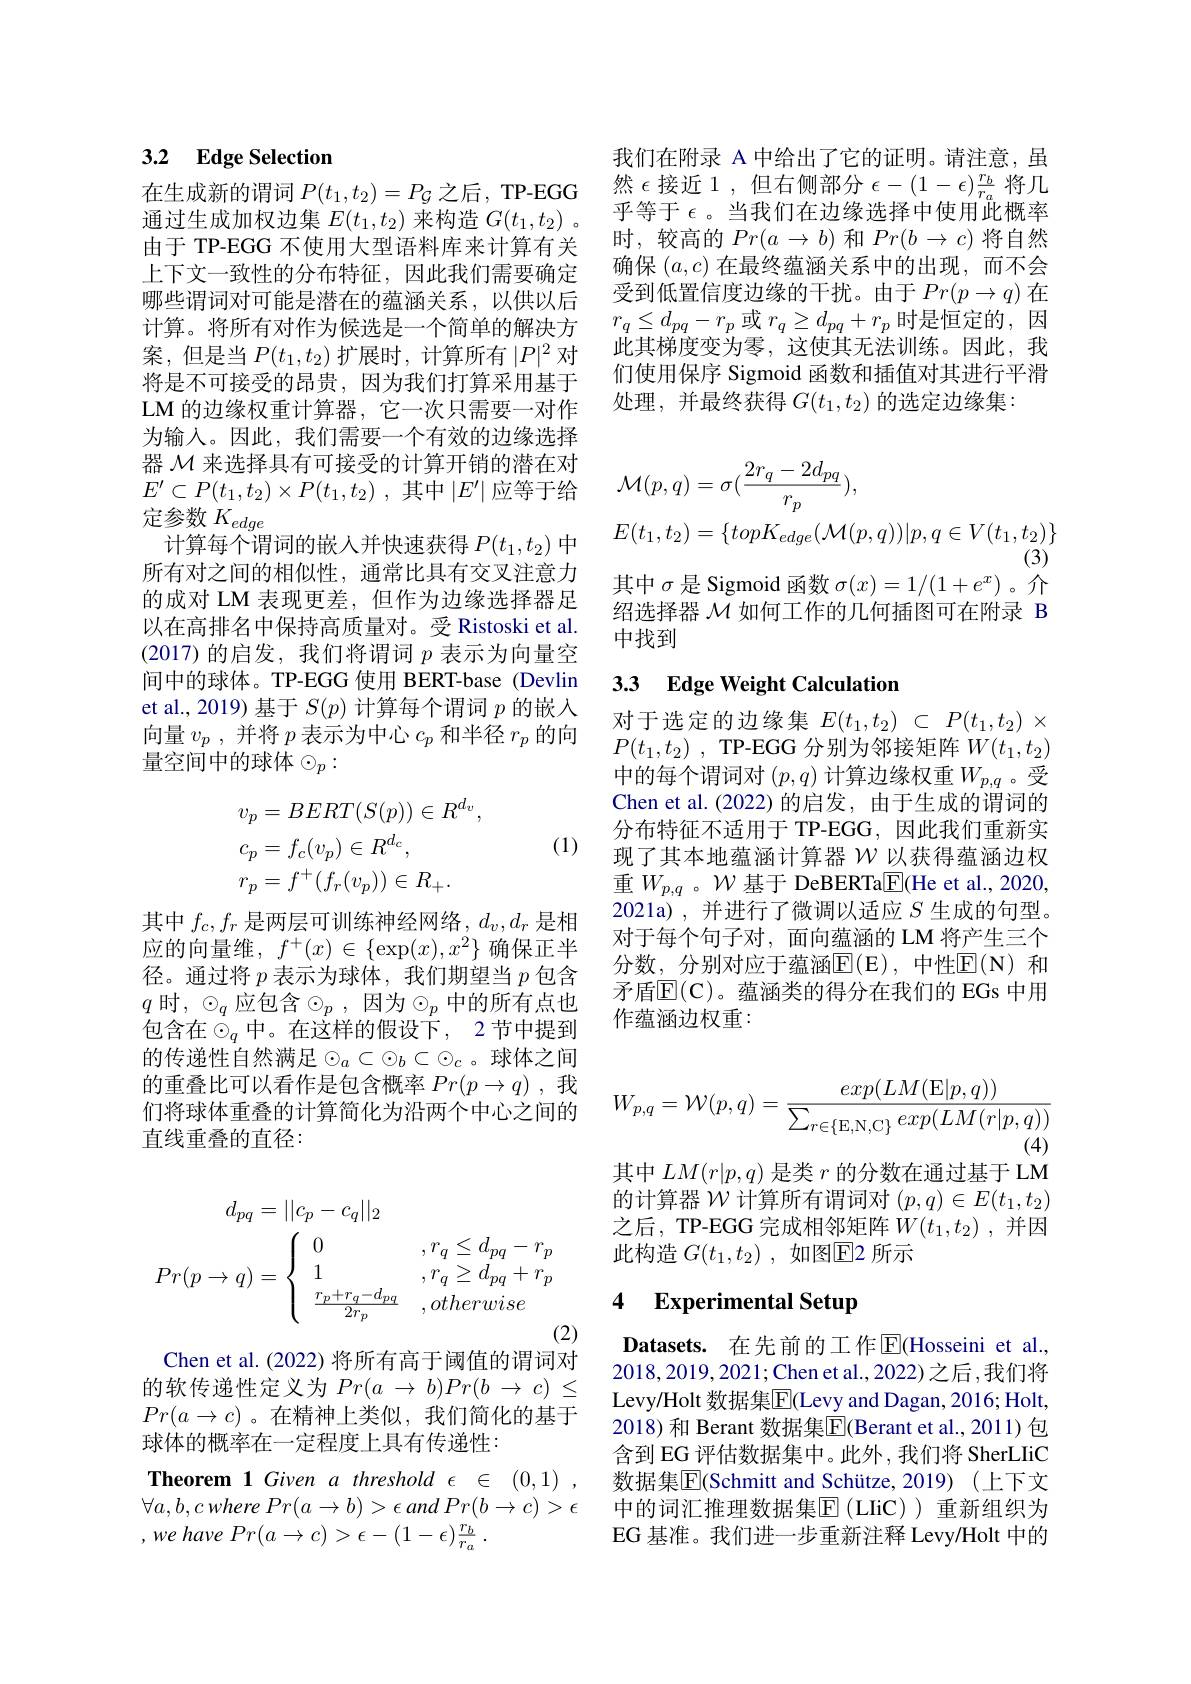
## 3.2 $\textbf{Edge Selection}$

在生成新的谓词$P(t_1,t_2)=P_{\mathcal{G}}$之后，TP-EGG 通过生成加权边集$E(t_1,t_2)$来构造$G(t_1,t_2)$ 。由于 TP-EGG 不使用大型语料库来计算有关上下文一致性的分布特征，因此我们需要确定哪些谓词对可能是潜在的蕴涵关系，以供以后计算。将所有对作为候选是一个简单的解决方案，但是当$P(t_1,t_2)$扩展时，计算所有$|P|^2$对将是不可接受的昂贵，因为我们打算采用基于LM 的边缘权重计算器，它一次只需要一对作为输入。因此，我们需要一个有效的边缘选择器$\mathcal{M}$来选择具有可接受的计算开销的潜在对$E^{\prime }\subset P( t_1, t_2) \times P( t_1, t_2)$ ,其中$\left|E^\prime\right|$应等于给定参数$K_edge$
计算每个谓词的嵌人并快速获得$P(t_1,t_2)$中所有对之间的相似性，通常比具有交叉注意力的成对 LM 表现更差，但作为边缘选择器足以在高排名中保持高质量对。受 Ristoski et al. (2017)的启发，我们将谓词$p$表示为向量空间中的球体。TP-EGG 使用 BERT-base (Devlin et al., 2019) 基于$S(p)$计算每个谓词$p$的嵌入向量$v_p$ ,并将$p$表示为中心$c_p$和半径$r_p$的向量空间中的球体$\odot_p:$

(1)
$$\begin{aligned}&v_{p}=BERT(S(p))\in R^{d_{v}},\\&c_{p}=f_{c}(v_{p})\in R^{d_{c}},\\&r_{p}=f^{+}(f_{r}(v_{p}))\in R_{+}.\end{aligned}$$
其中$f_c,f_r$是两层可训练神经网络，$d_v,d_r$是相应的向量维，$f^+(x)\in\{\exp(x),x^2\}$确保正半径。通过将$p$表示为球体，我们期望当$p$包含$q$ 时，$\odot_q$应包含$\odot_p$,因为$\odot_p$中的所有点也包含在$\odot_q$中。在这样的假设下，2节中提到的传递性自然满足$\odot_a\subset\odot_b\subset\odot_c$。球体之间的重叠比可以看作是包含概率$Pr(p\to q)$ ,我们将球体重叠的计算简化为沿两个中心之间的直线重叠的直径：
$$\begin{aligned}d_{pq}&=||c_p-c_q||_2\\Pr(p\to q)&=\left\{\begin{array}{ll}0&,r_q\leq d_{pq}-r_p\\1&,r_q\geq d_{pq}+r_p\\\frac{r_p+r_q-d_{pq}}{2r_p}&,otherwise\end{array}\right.\\&\text{(2}\end{aligned}$$
Chen et al. (2022) 将所有高于阈值的谓词对

的软传递性定义为$Pr( a$ $\to$ $b) Pr( b$ $\to$ $c)$ $\leq$ $Pr(a\to c)$。在精神上类似，我们简化的基于球体的概率在一定程度上具有传递性：

Theorem 1 Given a threshold $\epsilon\in(0,1)$ $\forall a, b, c$ where $Pr( a\to b) > \epsilon$ and $Pr( b\to c) > \epsilon$ $, we$ have $Pr( a\rightarrow c) > \epsilon - ( 1- \epsilon ) \frac {r_{b}}{r_{a}}$ .

我们在附录 A 中给出了它的证明。请注意，虽然$\epsilon$接近1，但右侧部分$\epsilon-(1-\epsilon)\frac rb{r_a}$将几乎等于$\epsilon$。当我们在边缘选择中使用此概率时，较高的$Pr(a\to b)$和$Pr(b\to c)$将自然确保$(a,c)$在最终蕴涵关系中的出现，而不会受到低置信度边缘的干扰。由于$Pr(p\to q)$在$r_q\leq d_{pq}-r_p$或$r_q\geq d_pq+r_p$时是恒定的，因此其梯度变为零，这使其无法训练。因此，我们使用保序 Sigmoid 函数和插值对其进行平滑处理，并最终获得$G(t_1,t_2)$的选定边缘集：
$$\begin{aligned}&\mathcal{M}(p,q)=\sigma(\frac{2r_{q}-2d_{pq}}{r_{p}}),\\&E(t_{1},t_{2})=\{topK_{edge}(\mathcal{M}(p,q))|p,q\in V(t_{1},t_{2})\}\end{aligned}$$
其中$\sigma$是 Sigmoid 函数$\sigma(x)=1/(1+e^{x})$ 。介绍选择器$\mathcal{M}$如何工作的几何插图可在附录 B 中找到

## 3.3 Edge Weight Calculation

对于选定的边缘集$E( t_1, t_2)$ $\subset$ $P( t_1, t_2)$ $\times$ $P( t_1, t_2)$ , TP-EGG 分别为邻接矩阵$W(t_1,t_2)$ 中的每个谓词对$(p,q)$计算边缘权重$W_{p,q}$ 。受Chen et al. (2022) 的启发，由于生成的谓词的分布特征不适用于 TP-EGG, 因此我们重新实现了其本地蕴涵计算器$\mathcal{W} \underline {\text{以 获 得 蕴 涵 边 权 }}$ 重$W_{p,q}$ 。$\mathcal{W}$基于 DeBERTa$\underline{\mathbb{F}}($He et al., 2020, 2021a),并进行了微调以适应$S$生成的句型。对于每个句子对，面向蕴涵的 LM 将产生三个分数，分别对应于蕴涵E$( E) $, 中性E$( N)$ 和${\text{矛 盾 }\mathrm{E} }( \mathbb{C} )$。蕴涵类的得分在我们的 EGs 中用作蕴涵边权重：
$$W_{p,q}=\mathcal W(p,q)=\frac{exp(LM(\mathrm{E}|p,q))}{\sum_{r\in\{\mathrm{E},\mathrm{N},\mathrm{C}\}}exp(LM(r|p,q))}$$
其中$LM(r|p,q)$是类$r$的分数在通过基于 LM 的计算器$\mathcal{W}$计算所有谓词对$(p,q)\in E(t_1,t_2)$ 之后，TP-EGG 完成相邻矩阵$W(t_1,t_2)$ ,并因此构造$G( t_1, t_2)$ ,如图E2 所示

# 4 Experimental Setup

$\textbf{Datasets. 在 先 前 的 工 作 }\overline {\mathrm{E} }($Hosseini et al., 2018,2019,2021;Chen et al.,2022)之后，我们将Levy/Holt 数据集$\overline{\mathrm{E}}$(Levy and Dagan, 2016; Holt, 2018) 和 Berant 数据集$\overline{\mathrm{E}}($Berant et al.,2011) 包含到 EG 评估数据集中。此外 ,我们将 SherLIiC 数据集$\overline{\mathrm{E}}($Schmitt and Schütze,2019)(上下文中的词汇推理数据集$\overline{\mathrm{E}}($LIiC))重新组织为EG 基准。我们进一步重新注释 Levy/Holt 中的